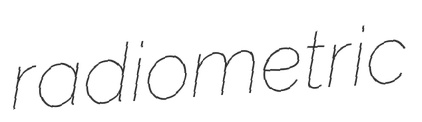
radiometric